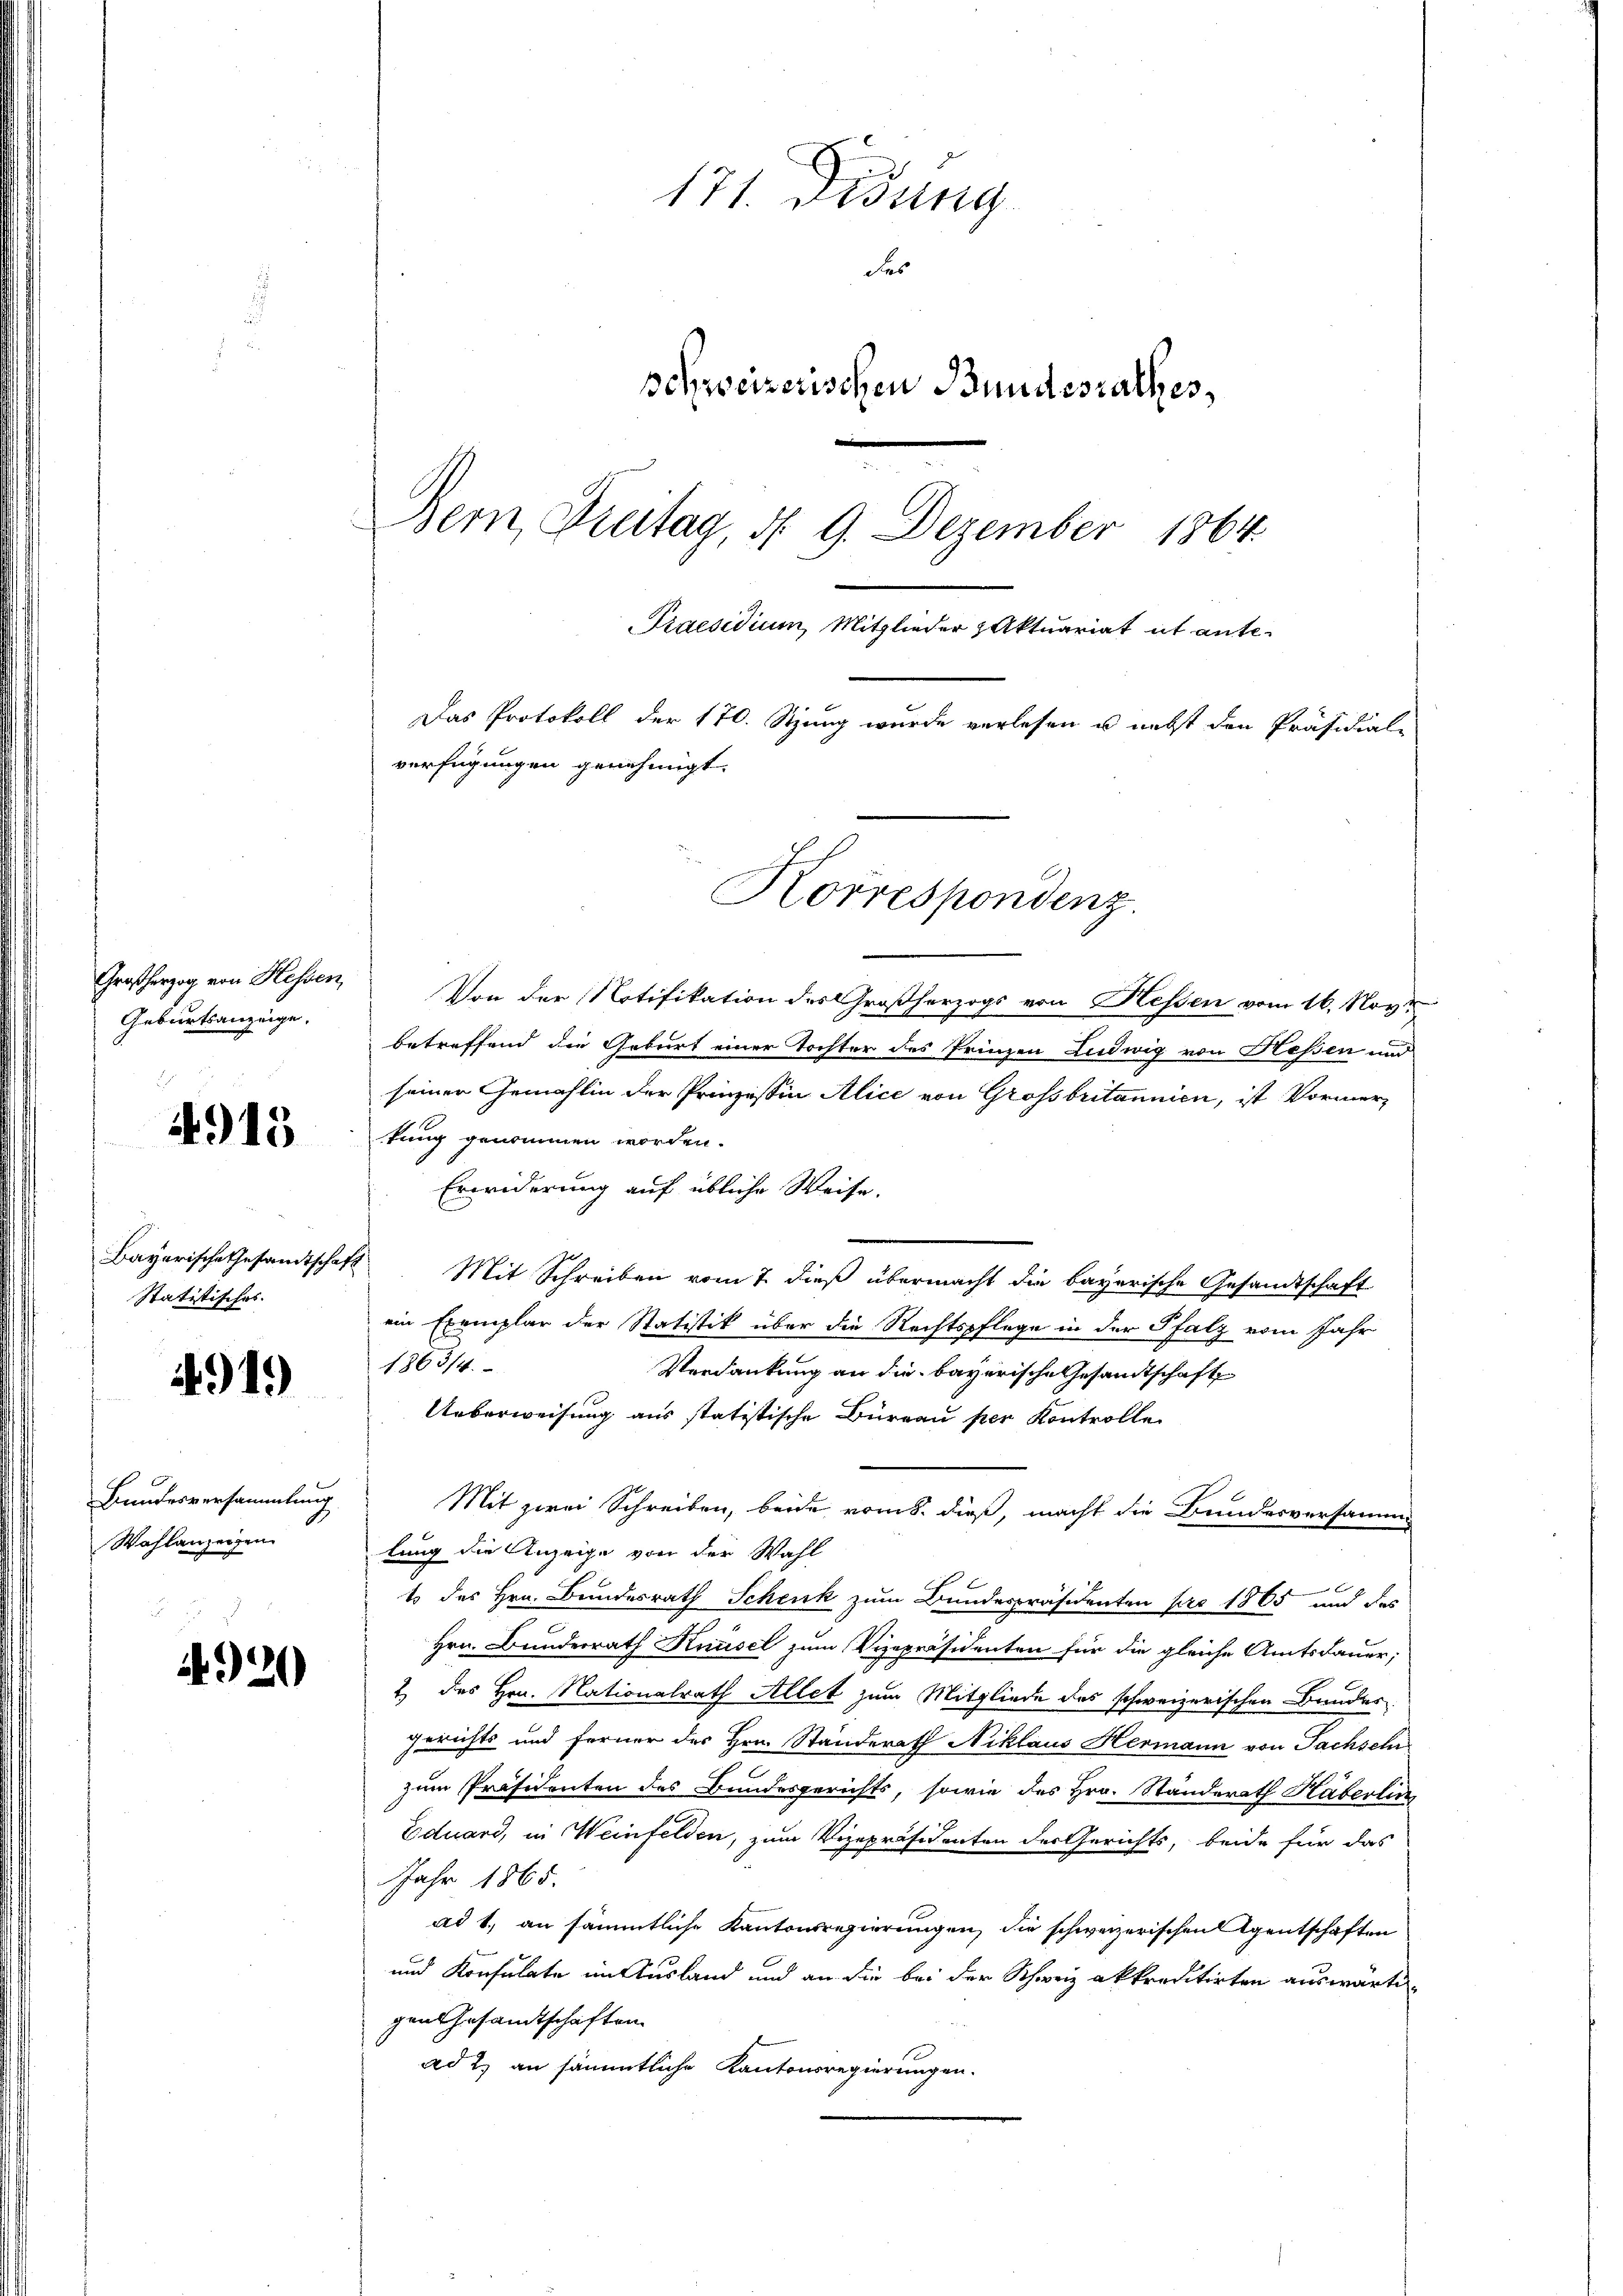
Großherzog von Hessen,
Geburtsanzeige.

4915

Bayerische Gesandtschaf
Statitisches.

4919)

Bundesversammlung
Wahlanzeigen

4920)

171. Didung
das
schweizerischen Bundesrathes,
Bern, Freitag, d. 9. Dezember 1864.
Praesidium, Mitglieder Aktuariat it ante¬
Das Protokoll der 170. Stung wurde verlesen u. nebst den Präsidial-
verfügungen genehmigt.
Korrespondenz

Von der Notifikation des Großherzogs von Hessen vom 16. Nov.
betreffend die Geburt einer Tochter des Prinzen Ludwig von Hessen und
seiner Gemählin der Prinzessin Alice von Grossbritannica, ist Vormertung genommen worden.
Erwiderung auf übliche Weise.
 Mit Schreiben vom 7. dieß übermacht die bayerische Gesandtschaft
ein Exemplar der Statistik über die Rechtspflege in der Pfalz vom Jahr
1863/4.
Verdankung an die bayerische Gesandtschaft
Ueberweisung aus statistische Büreau per Kontrolle
Mit zwei Schreiben, beide vom 5. dieß, macht die Bundesversamm
lung die Anzeige von der Wahl
1 des Hrn. Bundesrath Schenk zum Bundespräsidenten pro 1865 und des
Hrn. Bunderrath Knüsel zum Vizepräsidenten für die gleiche Amtsdauer,
2 des Hrn. Nationalrath Allet zum Mitgliede des schweizerischen Bundes
Gerichts und ferner des Hrn. Standerath Niklaus Hermann von Sachseh
zum Präsidenten des Bundesgerichts, sowie des Hrn. Standerath Katerlin
Eduard, in Weinfelden, zum Vizepräsidenten der Gerichts, beide für das
Jahr 1865.
ad 1., an sämmtliche Kantonsregierungen, die schweizerischen Agentschaften
und Konsulate im Ausland und an die bei der Schweiz akkreditirten auswärtigen Gesamtschaften
ad 2.) an sämmtliche Kantonsregierungen.